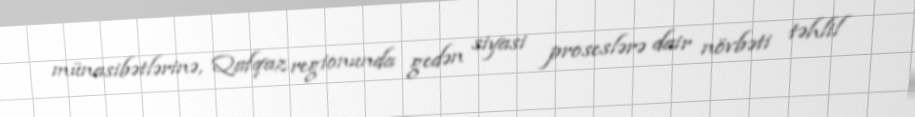
münasibətlərinə, Qafqaz regionunda gedən siyasi proseslərə dair növbəti təhlil